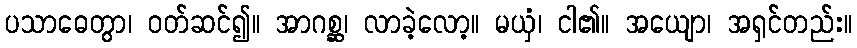
ပသာဓေတွာ၊ ဝတ်ဆင်၍။ အာဂစ္ဆ၊ လာခဲ့လော့။ မယှံ၊ ငါ၏။ အယျော၊ အရှင်တည်း။